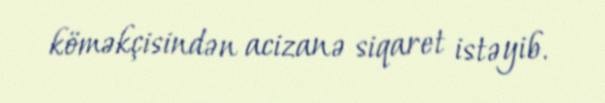
köməkçisindən acizanə siqaret istəyib.